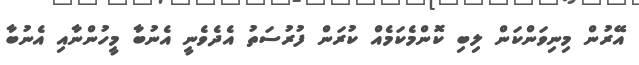
އޭރުން މިނިވަންކަން ލިބި ކޮންމެކަމެއް ކުރަން ފުރުސަތު އެދެވެނީ އެނުބާ މީހުންނާއި އެނުބާ